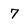
Character: 7